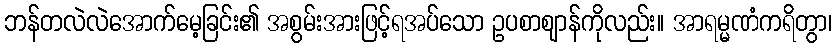
ဘန်တလဲလဲအောက်မေ့ခြင်း၏ အစွမ်းအားဖြင့်ရအပ်သော ဥပစာဈာန်ကိုလည်း။ အာရမ္မဏံကရိတွာ၊